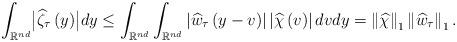
LaTeX: \begin{align*}\int_{\mathbb{R}^{nd}}\bigl|\widehat{\zeta}_{\tau}\left(y\right)\bigr|dy\leq\int_{\mathbb{R}^{nd}}\int_{\mathbb{R}^{nd}}\left|\widehat{w}_{\tau}\left(y-v\right)\right|\left|\widehat{\chi}\left(v\right)\right|dvdy=\left\Vert \widehat{\chi}\right\Vert _{1}\left\Vert \widehat{w}_{\tau}\right\Vert _{1}.\end{align*}